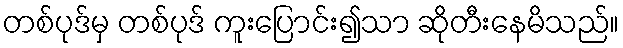
တစ်ပုဒ်မှ တစ်ပုဒ် ကူးပြောင်း၍သာ ဆိုတီးနေမိသည်။